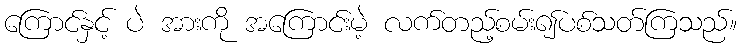
ကြောင်နှင့် ပဲ အားကို အကြောင်းမဲ့ လက်တည့်စမ်း၍ပစ်သတ်ကြသည်။